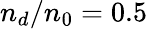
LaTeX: n_{d}/n_{0}=0.5